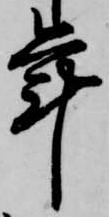
年